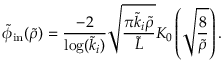
\tilde { \phi } _ { \mathrm { i n } } ( \tilde { \rho } ) = \frac { - 2 } { \log ( \tilde { k } _ { i } ) } \sqrt { \frac { \pi \tilde { k } _ { i } \tilde { \rho } } { \tilde { L } } } K _ { 0 } \left( \sqrt { \frac { 8 } { \tilde { \rho } } } \right) .